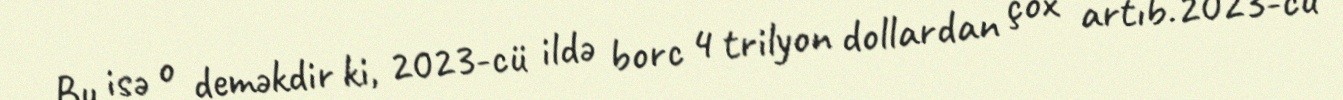
Bu isə o deməkdir ki, 2023-cü ildə borc 4 trilyon dollardan çox artıb.2023-cü